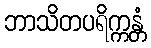
ဘာသိတပရိက္ကန္တံ